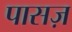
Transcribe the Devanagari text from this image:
पासज़